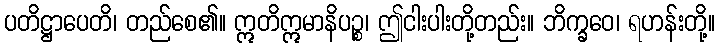
ပတိဋ္ဌာပေတိ၊ တည်စေ၏။ ဣတိဣမာနိပဉ္စ၊ ဤငါးပါးတို့တည်း။ ဘိက္ခဝေ၊ ရဟန်းတို့။